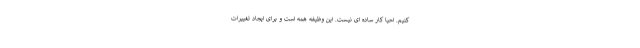
کنیم. احیا کار ساده ای نیست. این وظیفه همه است و برای ایجاد تغییرات